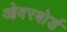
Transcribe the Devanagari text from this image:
ओवरबोर्ड